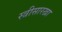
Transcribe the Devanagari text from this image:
स्त्रीसारखा